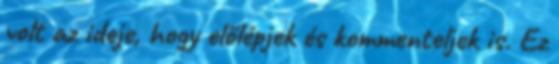
volt az ideje, hogy előlépjek és kommenteljek is. Ez